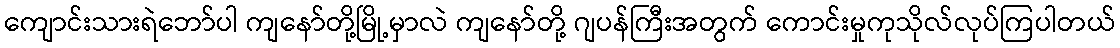
ကျောင်းသားရဲဘော်ပါ ကျနော်တို့မြို့မှာလဲ ကျနော်တို့ ဂျပန်ကြီးအတွက် ကောင်းမှုကုသိုလ်လုပ်ကြပါတယ်